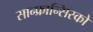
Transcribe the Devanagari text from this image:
सान्फ्रान्सिस्को